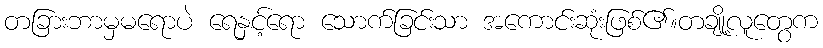
တခြားဘာမှမရောပဲ ရေနှင့်ရော သောက်ခြင်းသာ အကောင်းဆုံးဖြစ်၏။တချို့လူတွေက